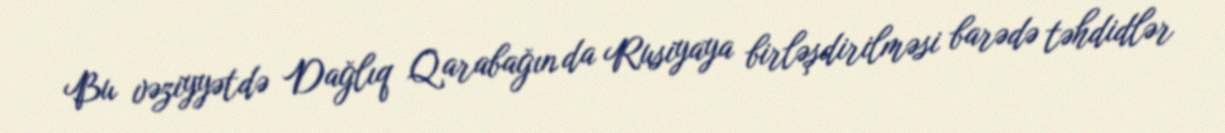
Bu vəziyyətdə Dağlıq Qarabağın da Rusiyaya birləşdirilməsi barədə təhdidlər